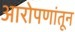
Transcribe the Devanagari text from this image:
आरोपणांतून